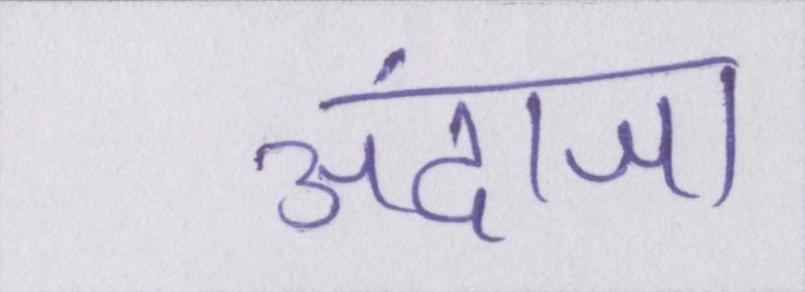
अंदाजा